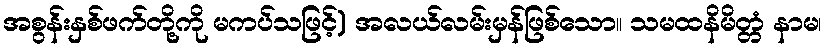
အစွန်းနှစ်ဖက်တို့ကို မကပ်သဖြင့်) အလယ်လမ်းမှန်ဖြစ်သော။ သမထနိမိတ္တံ နာမ၊